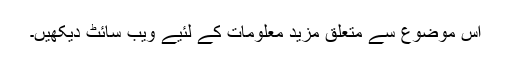
اس موضوع سے متعلق مزید معلومات کے لئیے ویب سائٹ دیکھیں۔